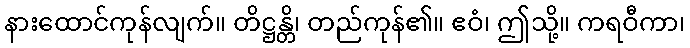
နားထောင်ကုန်လျက်။ တိဋ္ဌန္တိ၊ တည်ကုန်၏။ ဧဝံ၊ ဤသို့။ ကရဝီကာ၊